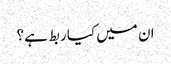
ان میں کیا ربط ہے؟